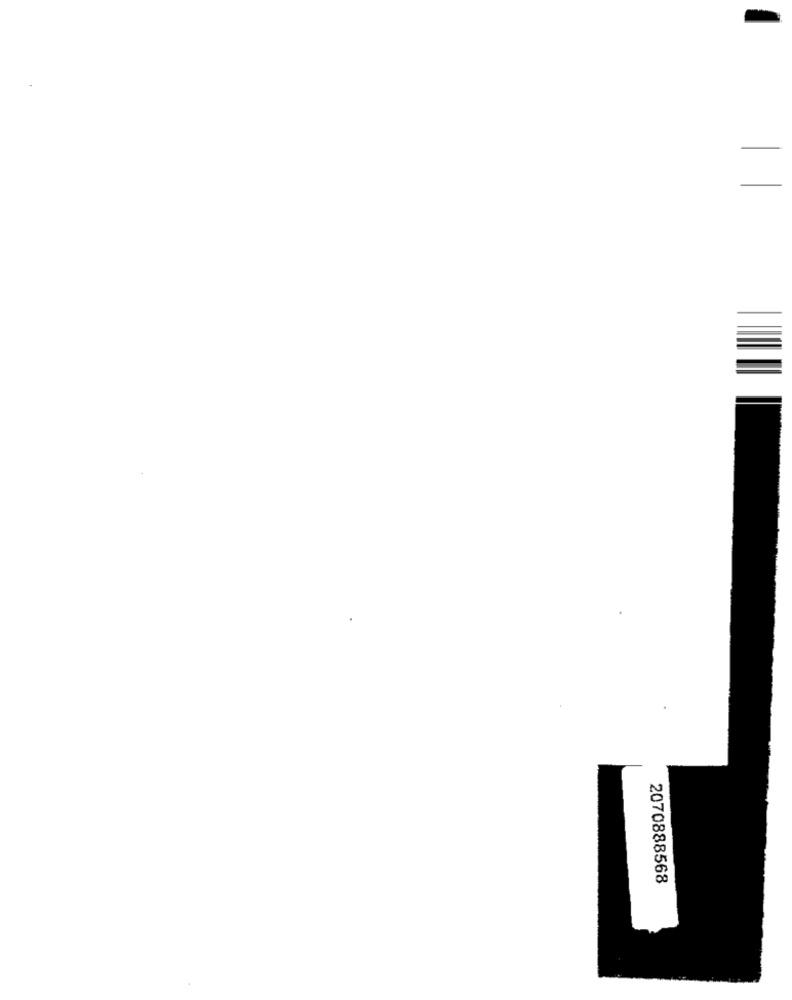
2070888568